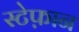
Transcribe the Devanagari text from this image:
स्टेफ़ान